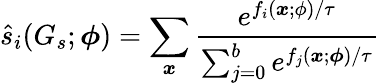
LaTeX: \hat{s}_{i}(G_{s};\boldsymbol{\phi})=\sum_{\boldsymbol{x}}\frac{e^{f_{i}(\boldsymbol{x};\phi)/\tau}}{\sum_{j=0}^{b}e^{f_{j}(\boldsymbol{x};\boldsymbol{\phi})/\tau}}